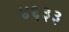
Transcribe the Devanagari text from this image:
४६३३